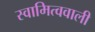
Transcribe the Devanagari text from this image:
स्वामित्ववाली